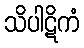
သိပါဋိကံ